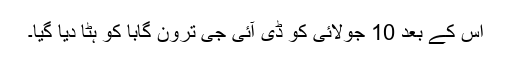
اس کے بعد 10 جولائی کو ڈی آئی جی ترون گابا کو ہٹا دیا گیا۔